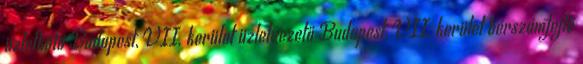
üzletkötő Budapest, VII. kerület üzletvezető Budapest, VII. kerület bérszámfejtő